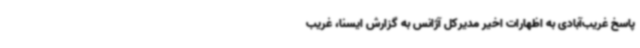
پاسخ غریب‌آبادی به اظهارات اخیر مدیرکل آژانس به گزارش ایسنا، غریب